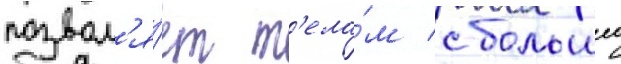
позвол'я́ет т'ела́м с большеи